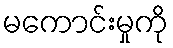
မကောင်းမှုကို